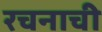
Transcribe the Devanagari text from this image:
रचनाची